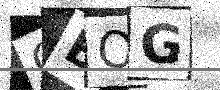
Text: QBOG